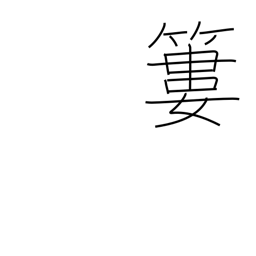
Meaning: bamboo basket